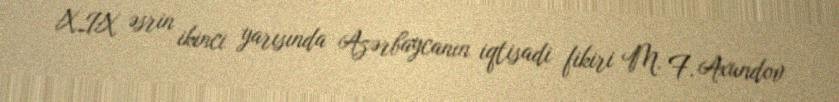
XIX əsrin ikinci yarısında Azərbaycanın iqtisadi fikiri M. F. Axundov